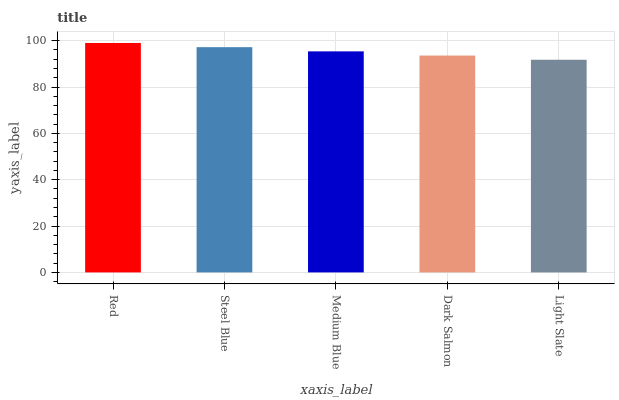
| xaxis_label | bars |
 | --- | --- |
 | Red | 99 |
 | Steel Blue | 97.2 |
 | Medium Blue | 95.4 |
 | Dark Salmon | 93.6 |
 | Light Slate | 91.8 |